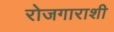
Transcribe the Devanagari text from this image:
रोजगाराशी